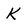
Character: K